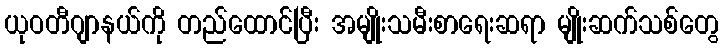
ယုဝတီဂျာနယ်ကို တည်ထောင်ပြီး အမျိုးသမီးစာရေးဆရာ မျိုးဆက်သစ်တွေ